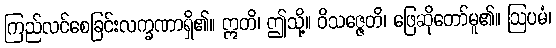
ကြည်လင်စေခြင်းလက္ခဏာရှိ၏။ ဣတိ၊ ဤသို့။ ဝိသဇ္ဇေတိ၊ ဖြေဆိုတော်မူ၏။ ဩပမံ၊